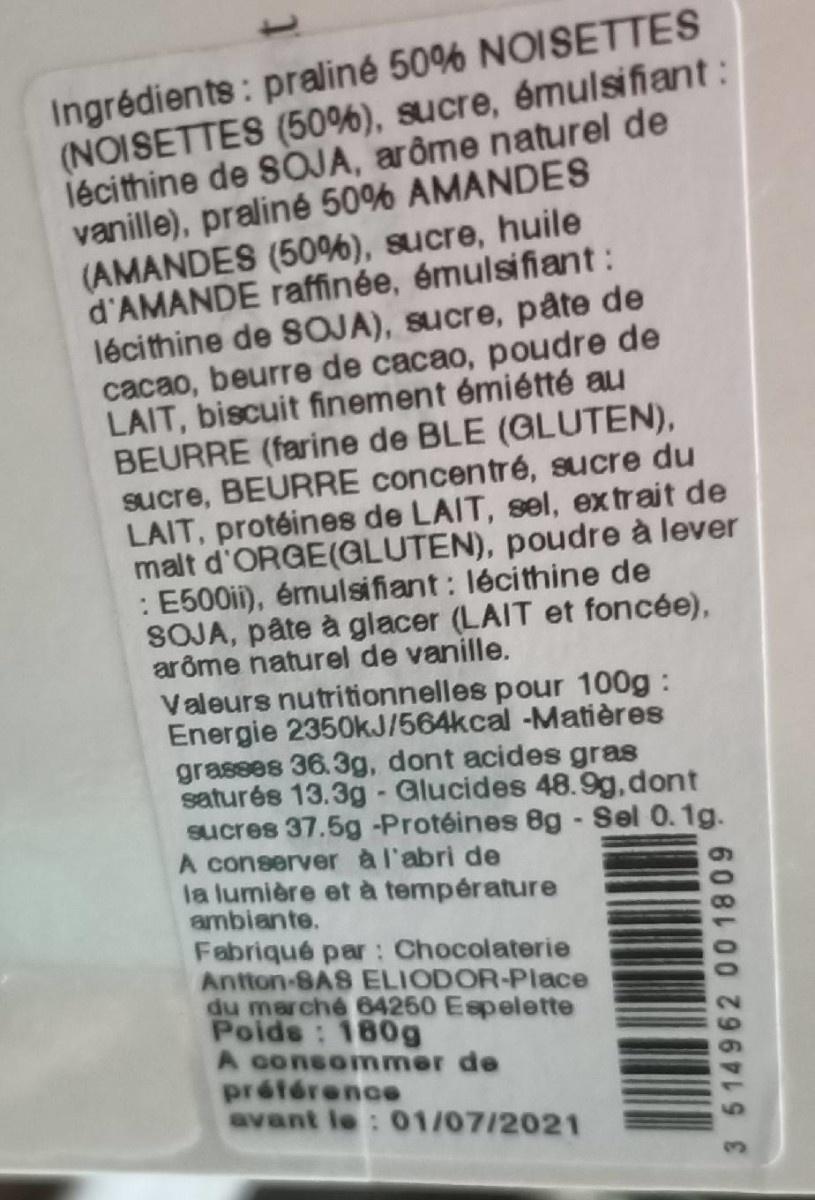
Ingrédients: praliné 50% NOISETTES (NOISETTES (50%), sucre, émulsifiant: lécithine de SOJA, arôme naturel de vanille), praliné 50% AMANDES (AMANDES (50%), sucre, huile d'AMANDE raffinée, émulsifiant: lécithine de SOJA), sucre, pâte de cacao, beurre de cacao, poudre de LAIT, biscuit finement émiétté au BEURRE (farine de BLE (GLUTEN), sucre, BEURRE concentré, sucre du LAIT, protéines de LAIT, sel, extrait de malt d'ORGE(GLUTEN), poudre à lever : E500ii), émulsifiant: lécithine de SOJA, pâte à glacer (LAIT et foncée), arôme naturel de vanille. Valeurs nutritionnelles pour 100g : Energie 2350kJ/564kcal -Matières grasses 36.3g, dont acides gras saturés 13.3g- Glucides 48.9g,dont sucres 37.5g -Protéines 8g - Sel 0.1g. A conserver à l'abri de la lumière et à température ambiante.
Fabriqué par: Chocolaterie Antton-SAS ELIODOR-Place du marche 64260 Espelette Poids: 180g A consommer de préfórence avant le: 01/07/2021
3514962 00 1809